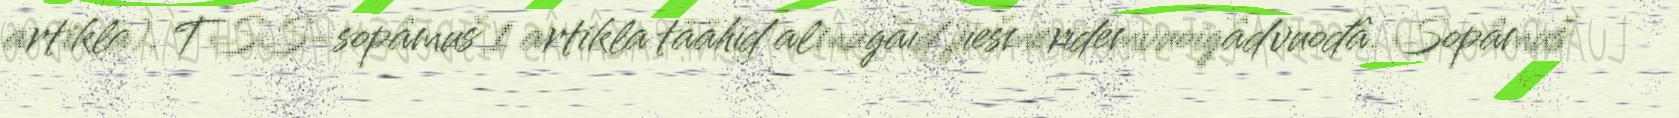
artikla). TSS-sopâmuš 1 artikla täähid almugáid jiešmeridemvuoigâdvuođâ. Sopâmuš